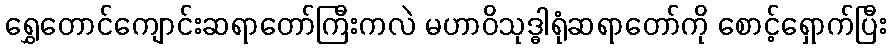
ရွှေတောင်ကျောင်းဆရာတော်ကြီးကလဲ မဟာဝိသုဒ္ဓါရုံဆရာတော်ကို စောင့်ရှောက်ပြီး